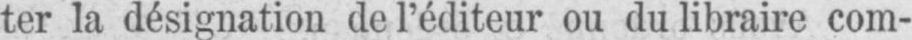
ter la désignation de l’éditeur ou du libraire com-